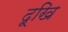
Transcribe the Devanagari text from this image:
दूखि